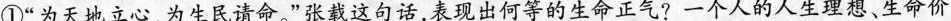
①”为天地立心，为生民请命。”张载这句话，表现出何等的生命正气?一个人的人生理想、生命价